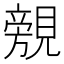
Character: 覫